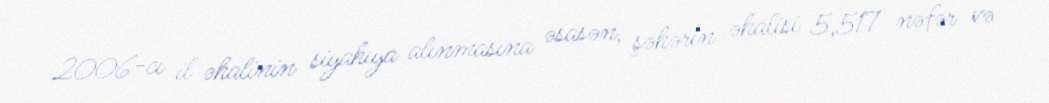
2006-cı il əhalinin siyahıya alınmasına əsasən, şəhərin əhalisi 5,517 nəfər və